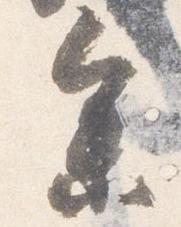
参